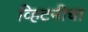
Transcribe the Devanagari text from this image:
व्हिटनीचा